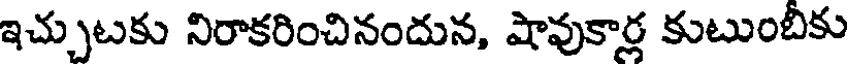
ఇచ్చుటకు నిరాకరించినందున, షావుకార్ల కుటుంబీకు